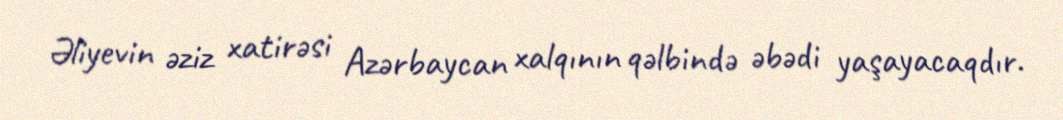
Əliyevin əziz xatirəsi Azərbaycan xalqının qəlbində əbədi yaşayacaqdır.